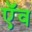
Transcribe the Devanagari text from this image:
ऍव